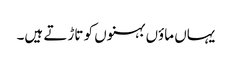
یہاں ماؤں بہنوں کو تاڑتے ہیں۔